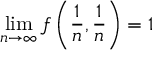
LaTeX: \operatorname* { l i m } _ { n \to \infty } f \left( { \frac { 1 } { n } } , { \frac { 1 } { n } } \right) = 1